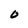
Character: 0